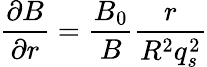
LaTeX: \frac{\partial B}{\partial r}=\frac{B_{0}}{B}\frac{r}{R^{2}q_{s}^{2}}